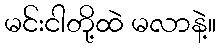
မင်းငါတို့ထဲ မလာနဲ့။